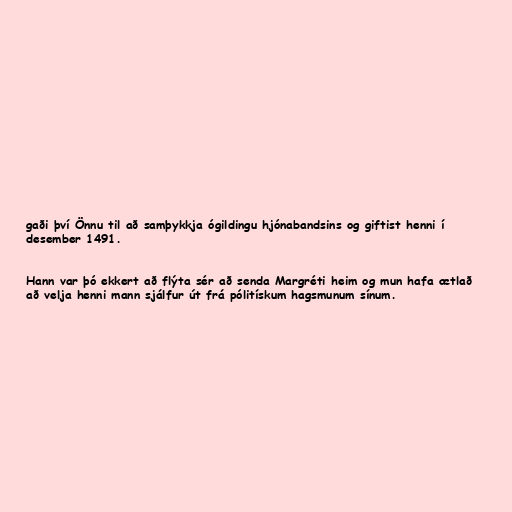
gaði því Önnu til að samþykkja ógildingu hjónabandsins og giftist henni í
desember 1491.

Hann var þó ekkert að flýta sér að senda Margréti heim og mun hafa ætlað
að velja henni mann sjálfur út frá pólitískum hagsmunum sínum.